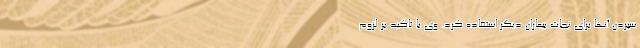
سپردن آنها برای نجات بیماران دیگر استفاده کرد. وی با تاکید بر لزوم